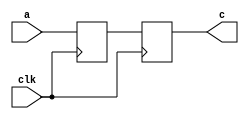
module nonblocking (clk,a,c);
input clk;
input a;
output c;
 
wire clk;
wire a;
reg c;
reg b;
  
always @ (posedge clk )
begin
  b <= a;
  c <= b;
end
   
endmodule